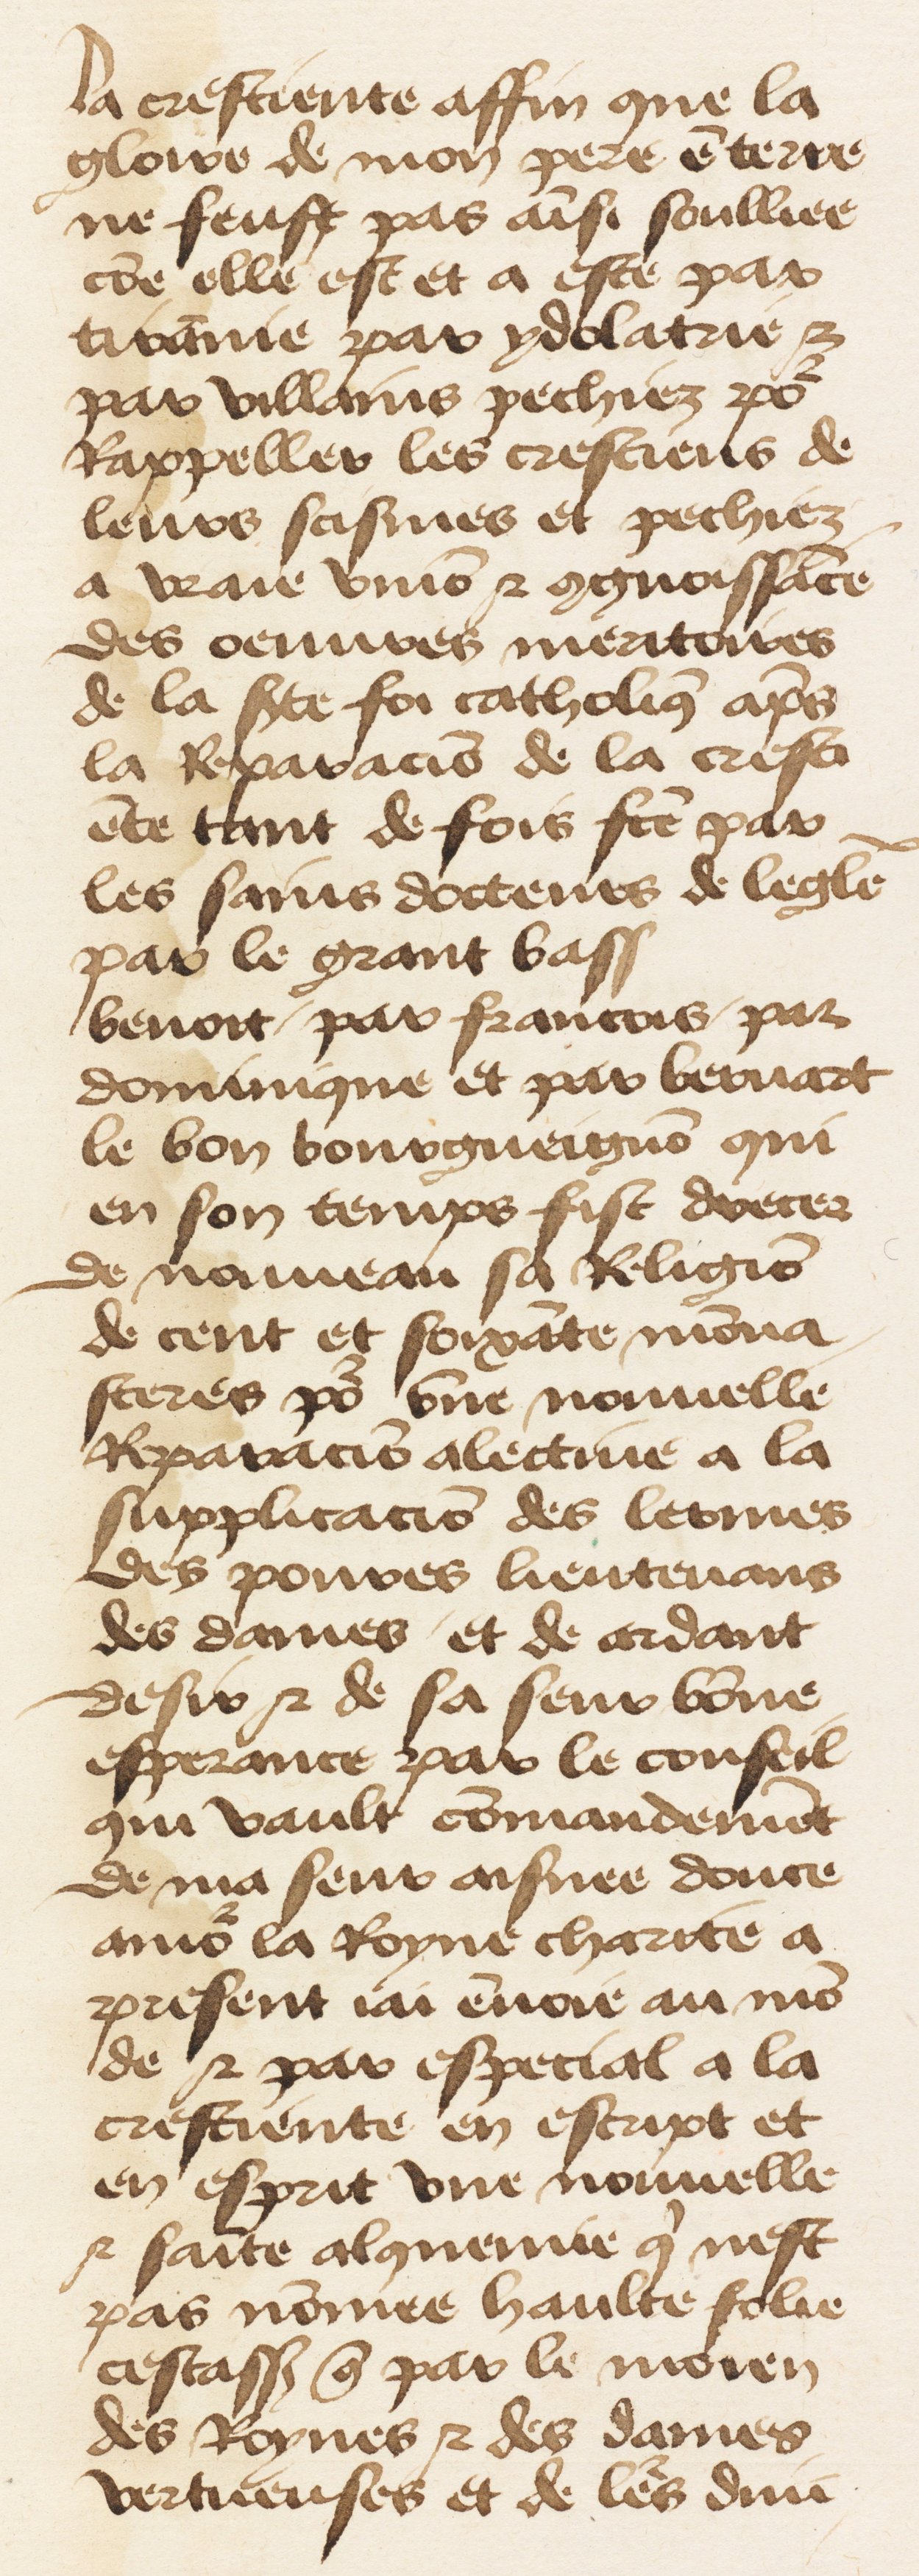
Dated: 1460–1470